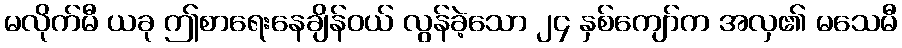
မလိုက်မီ ယခု ဤစာရေးနေချိန်ဝယ် လွန်ခဲ့သော ၂၄ နှစ်ကျော်က အလှ၏ မသေမီ